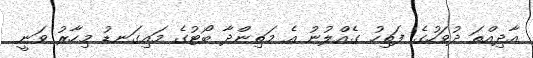
އާދިއްތަ ދުވަހުގެ ފަތިހު ގެއްލުނު އެ މަތިންދާ ބޯޓުގެ މައިގަނޑު މިހާރު ވަނީ